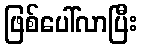
ဖြစ်ပေါ်လာပြီး